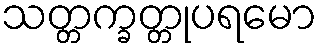
သတ္တက္ခတ္တုပရမော